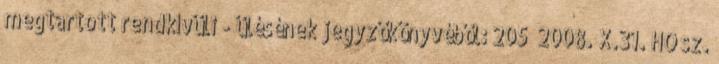
megtartott rendkívüli - ülésének jegyzőkönyvéből: 205 2008. X.31. HÖ sz.